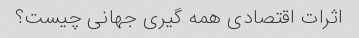
اثرات اقتصادی همه گیری جهانی چیست؟